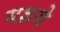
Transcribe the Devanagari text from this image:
यज्ञसे